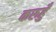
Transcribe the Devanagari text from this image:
करुहुँ